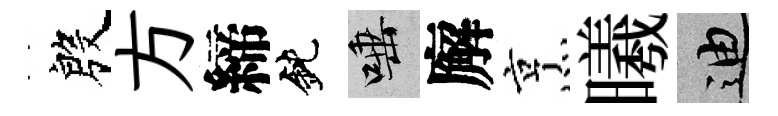
殷方締鈍唾廨烹曦迪